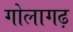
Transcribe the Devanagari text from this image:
गोलागढ़